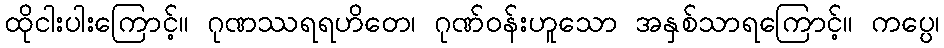
ထိုငါးပါးကြောင့်။ ဂုဏဿရရဟိတေ၊ ဂုဏ်ဝန်းဟူသော အနှစ်သာရကြောင့်။ ကပ္ပေ၊